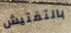
بالتفتيش